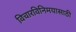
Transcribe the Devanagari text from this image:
विचारविनिमयासाठी